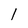
Character: I